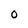
Character: O